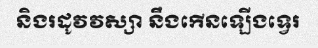
និងរដូវវស្សា នឹងកើនឡើងទ្វេរ